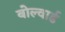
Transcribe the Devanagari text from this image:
बोल्वार्ड